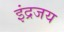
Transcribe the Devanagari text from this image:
इंद्रजय